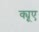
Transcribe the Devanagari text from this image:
क्यूए